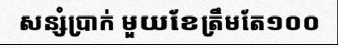
សន្សំប្រាក់ មួយខែត្រឹមតែ១០០